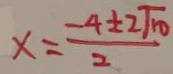
x = \frac { - 4 \pm 2 \sqrt { 1 0 } } { 2 }